Juuru_vallavalitsus, lk 36
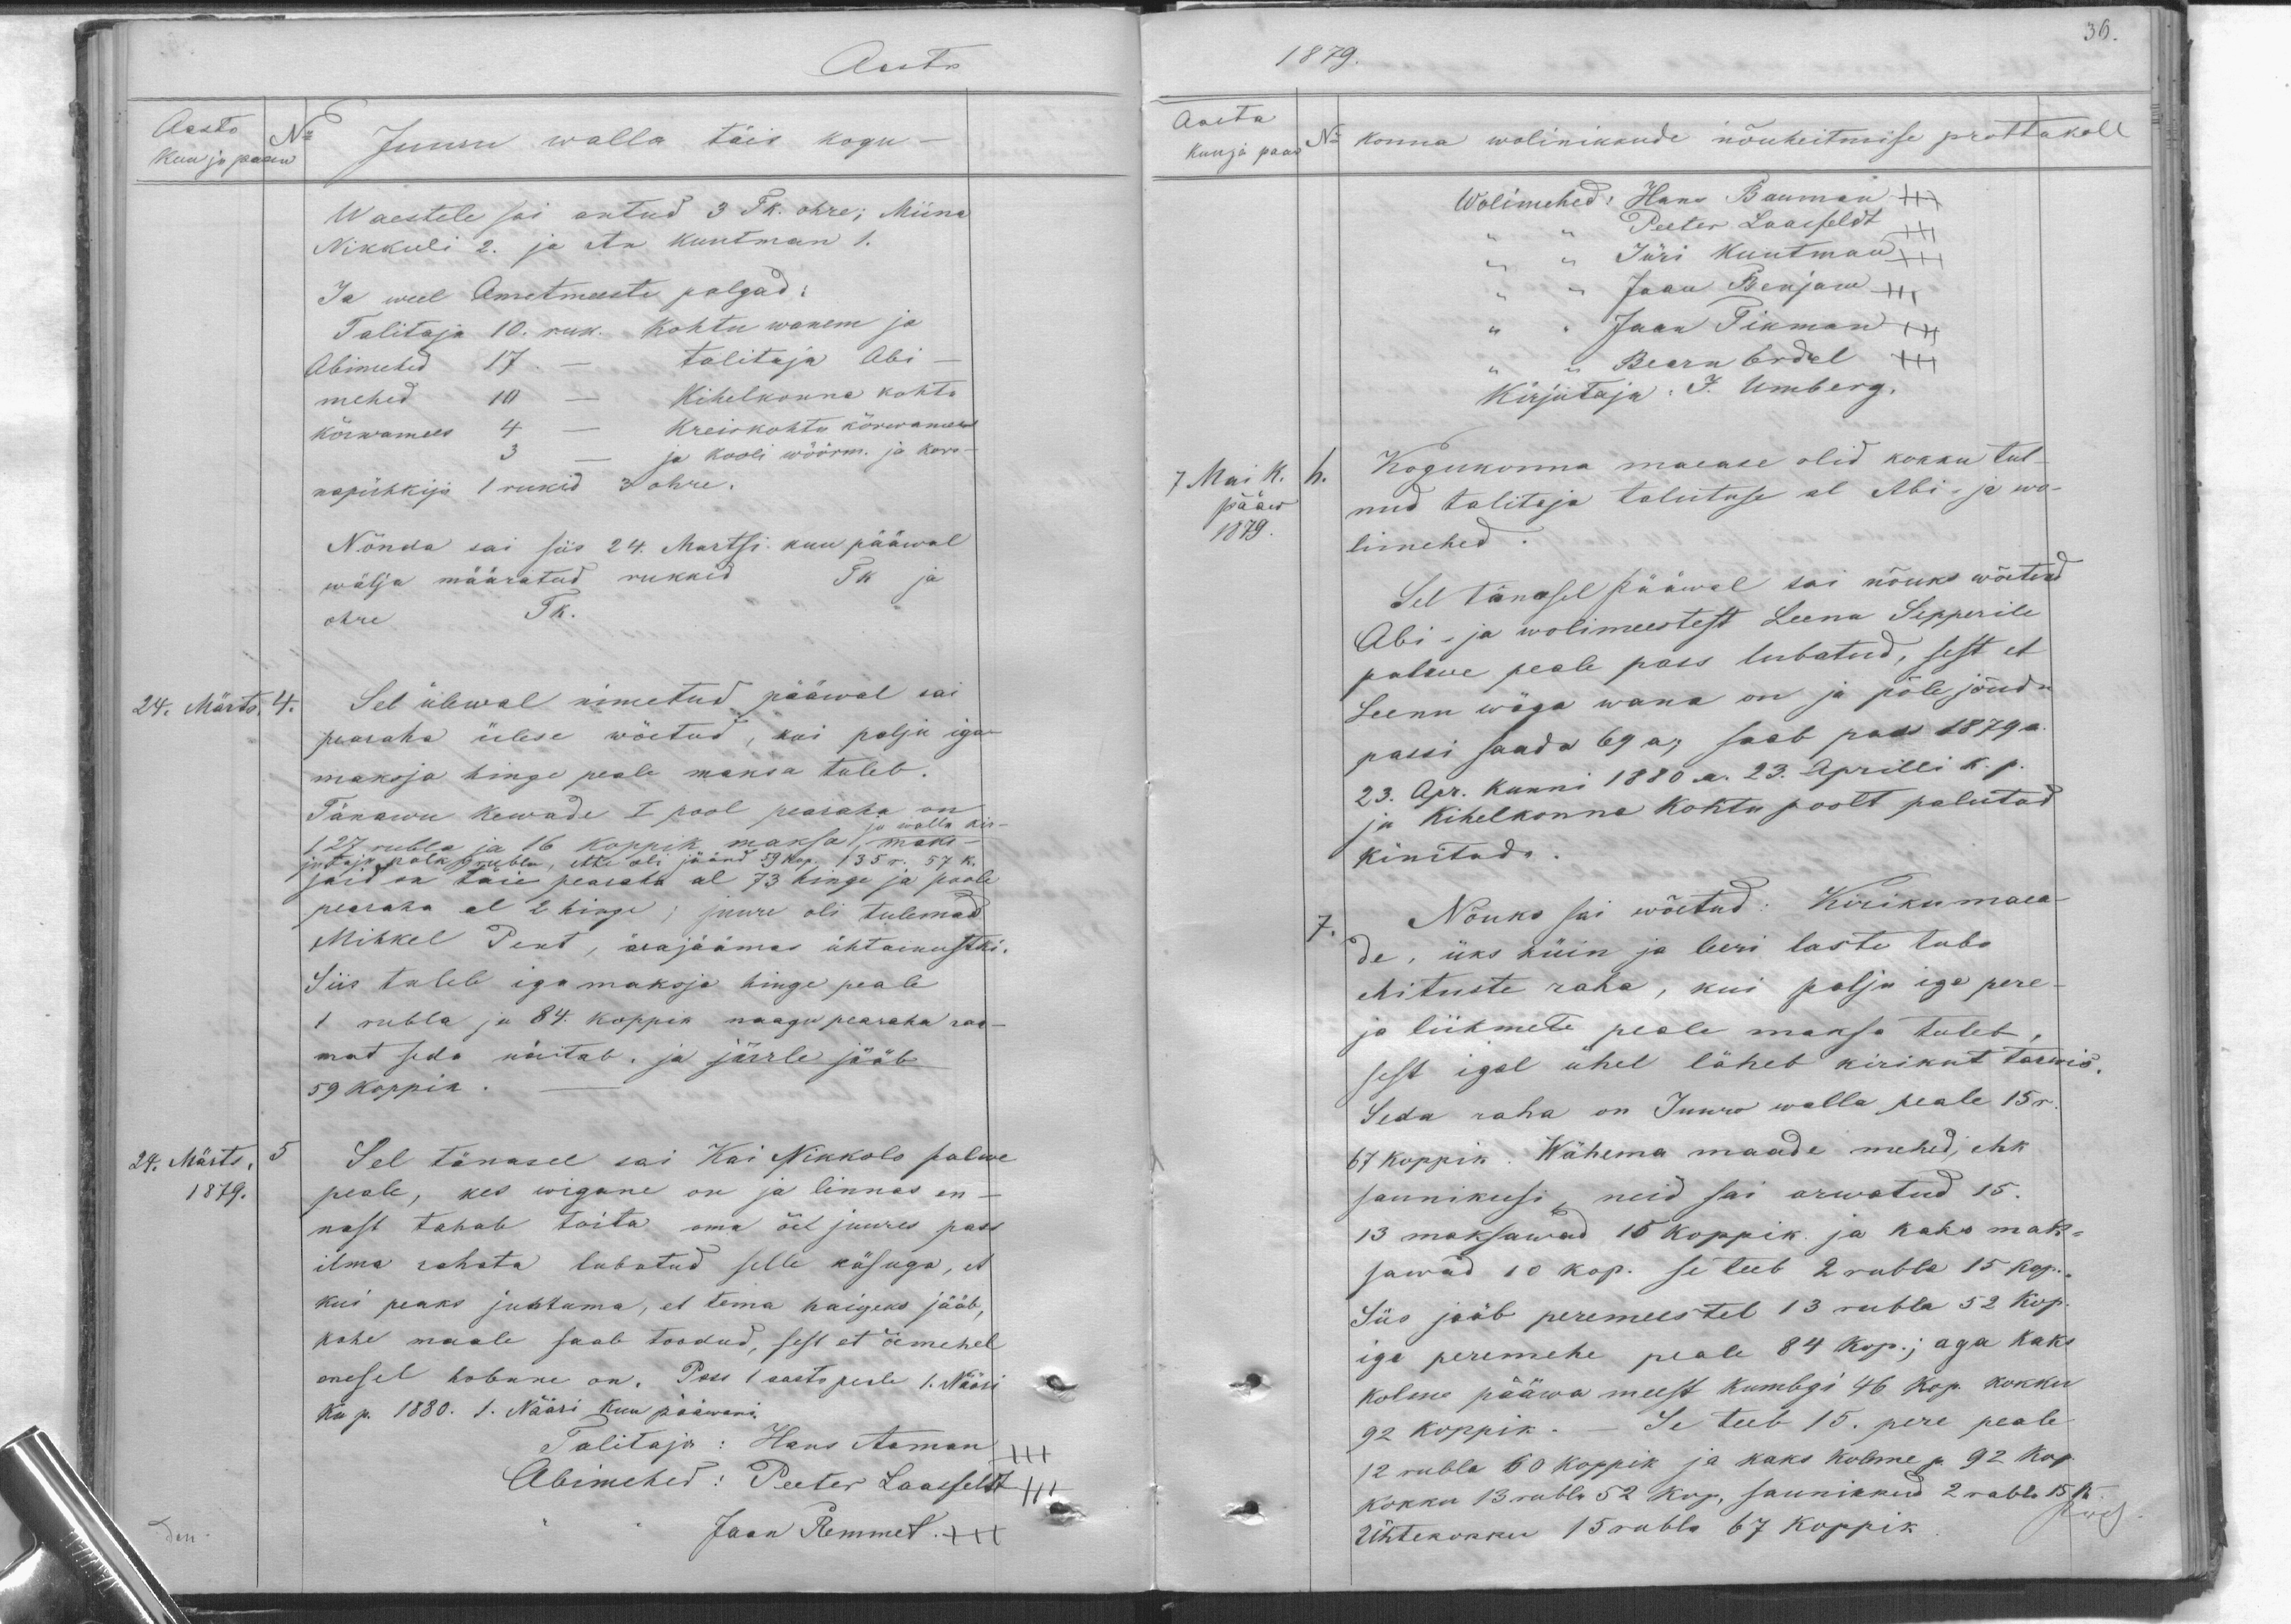
Aasta
Aasta
No
Kuu ja paaw
Juuru walla täis kogu-
Waestele sai antud 3 Tk. ohre; Miina
Nikkuli 2. ja An Kuntman 1.
Ja weel Ametmeeste palgad:
Talitaja 10. ruk. Kohtu wanem ja
Abimehed 17. - talitaja Abi-
mehed 10 - Kihelkonna kohtu
kõrwamees 4, - Kreiskohtu kõrwamees
ja kooli wöörm. ja kors-
napühkija 1 rukid 3 ohre.
Nõnda sai siis 24. Martsi kuu pääwal
wälja määratud rukkid
TK ja
ohre Tk.
24. Märts. 4.
Sel ülewal nimetud pääwal sai
pearaha ülese wõetud, kui palju iga
maksja hinge peale maksa tuleb.
Tänawu kewade I pool pearaha on
127 rubla ja 16 koppik maksa, maks-
ja walla kirj
jutaja palk 9 rubla, ette oli jäänd 59kop. 135 r. 57k.
jaid on täis pearaha al 73 hinge ja poole
pearaha al 2 hinge; juure oli tulemas
Mihkel Pent, ärajäämas ühtainustki.
Siis tuleb iga maksja hinge peale
1 rubla ja 84. Koppik naagu pearaha raa-
mat seda näitab, ja järrle jääb
59 Koppik.
24. Märts. 5
1879.
Sel tänasel sai Kai Nikkolo palwe
peale, kes wigane on ja linnas en-
nast tahab toita oma õel juures pass
ilma rahata lubatud selle käsuga, et
kui peaks juhtuma, et tema haigeks jääb,
kohe maale saab toodud, sest et õemehel
enesel hobune on. Posi 1 aasta peale 1. Nääri
Kuu p. 1880. 1. Nääri kuu pääwani
Talitaja: Hans Aaman
Abimehed: Peeter Laasfeldt
Jaan Remmet XXX

36.
1879.
Aasta
kuu ja paaw
No konna wolinikkude nõuheitmise prottokoll
Wolimehed: Hans Bauman
Peeter Laasfeldt
Jüri Kuutman
Jaan Benjam
Jaan Tikman
„Bern Erdel XXX
Kirjutaja: J. Umberg.
7. Mai k. 6.
pääw
1879.
Kogukonna maease olid kokku tul-
nud talitaja talutuse al Abi- ja wo-
limehed.
Sel tänasel pääwal sai nõuks wõetud
Abi- ja wolimeestest Leena Sepperile
palwe peale pass lubatud, sest et
Leenu wäga wana on ja pole jõudu
passi saada 69 a. saab pass 1879 a.
23. Apr. Kunni 1880 a. 23. Aprilli k. p.
ja Kihelkonna kohtu poolt palutad
kinitada
7.
Nõuks sai wõetud: Kirikumaa
de, üks küin ja leeri laste tuba
ehituste raha, kui palju iga pere-
ja liikmete peale maksa tuleb,
sest igal ühel läheb kirikut tarwis.
Seda raha on Juuro walla peale 15 r.
67 koppik. Wähema maade mehed, ehk
saunikusi, neid sai arwatud 15.
13 maksawad 15 koppik. ja kaks mak-
sawad 10 kop. se teeb 2 rubla 15 kop.
Siis jääb peremeestel 13 rubla 52 kop.
iga peremehe peale 84 kop.; aga kaks
kolme pääwa meest kumbgi 46 kop. kokku
92 koppik. - Se teeb 15. pere peale
12 rubla 60 koppik ja kaks kolme p 92 kop.
kokku 13 rubla 52 kop, saunikkud 2 rubla 15 k.
Ühtekokku 15 rubla 67 koppik